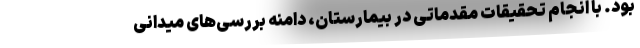
بود. با انجام تحقیقات مقدماتی در بیمارستان، دامنه بررسی‌های میدانی